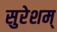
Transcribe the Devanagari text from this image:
सुरेशम्‌